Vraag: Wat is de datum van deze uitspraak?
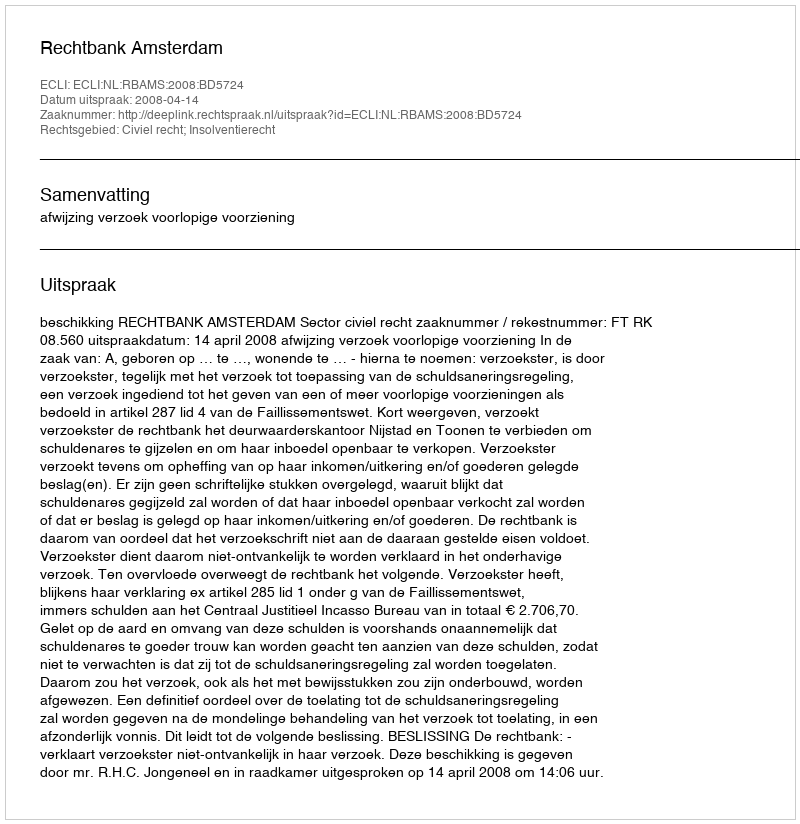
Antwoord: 2008-04-14